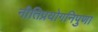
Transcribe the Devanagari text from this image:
नीतिप्रयोगनिपुणा